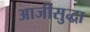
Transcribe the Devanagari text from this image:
आजीसुद्धा